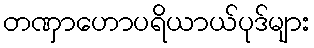
တဏှာဟောပရိယာယ်ပုဒ်များ